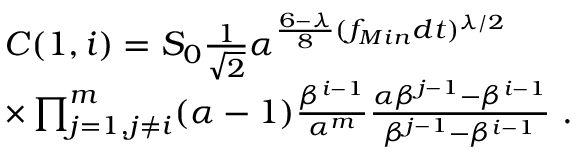
\begin{array} { r l } & { C ( 1 , i ) = S _ { 0 } \frac { 1 } { \sqrt { 2 } } \alpha ^ { \frac { 6 - \lambda } { 8 } ( f _ { M i n } d t ) ^ { \lambda / 2 } } } \\ & { \times \prod _ { j = 1 , j \ne i } ^ { m } ( \alpha - 1 ) \frac { \beta ^ { i - 1 } } { \alpha ^ { m } } \frac { \alpha \beta ^ { j - 1 } - \beta ^ { i - 1 } } { \beta ^ { j - 1 } - \beta ^ { i - 1 } } \ . } \end{array}